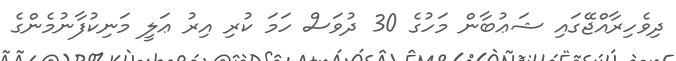
ދިވެހިރާއްޖޭގައި ޝަޢުބާން މަހުގެ 30 ދުވަސް ހަމަ ކުރި އިރު ޢަލީ މަނިކުފާނުމެންގެ